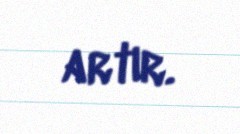
artır.